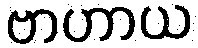
ဗာဟာယ